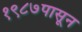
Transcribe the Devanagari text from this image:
१९८७पासून